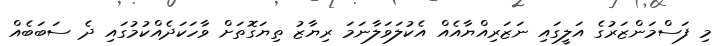
މި ފަސްމަންޒަރުގެ އަލީގައި ނަޒަރިއްޔާއެއް އެކުލަވަލާނަމަ ރިޔާޒު ތިޔަގޮތަށް ވާހަކަދެއްކުމުގައި ދެ ސަބަބެއް